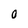
Character: O